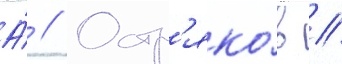
А́ // Остр'яко́в //